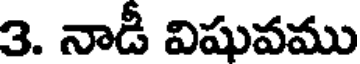
3. నాడీ విషువము